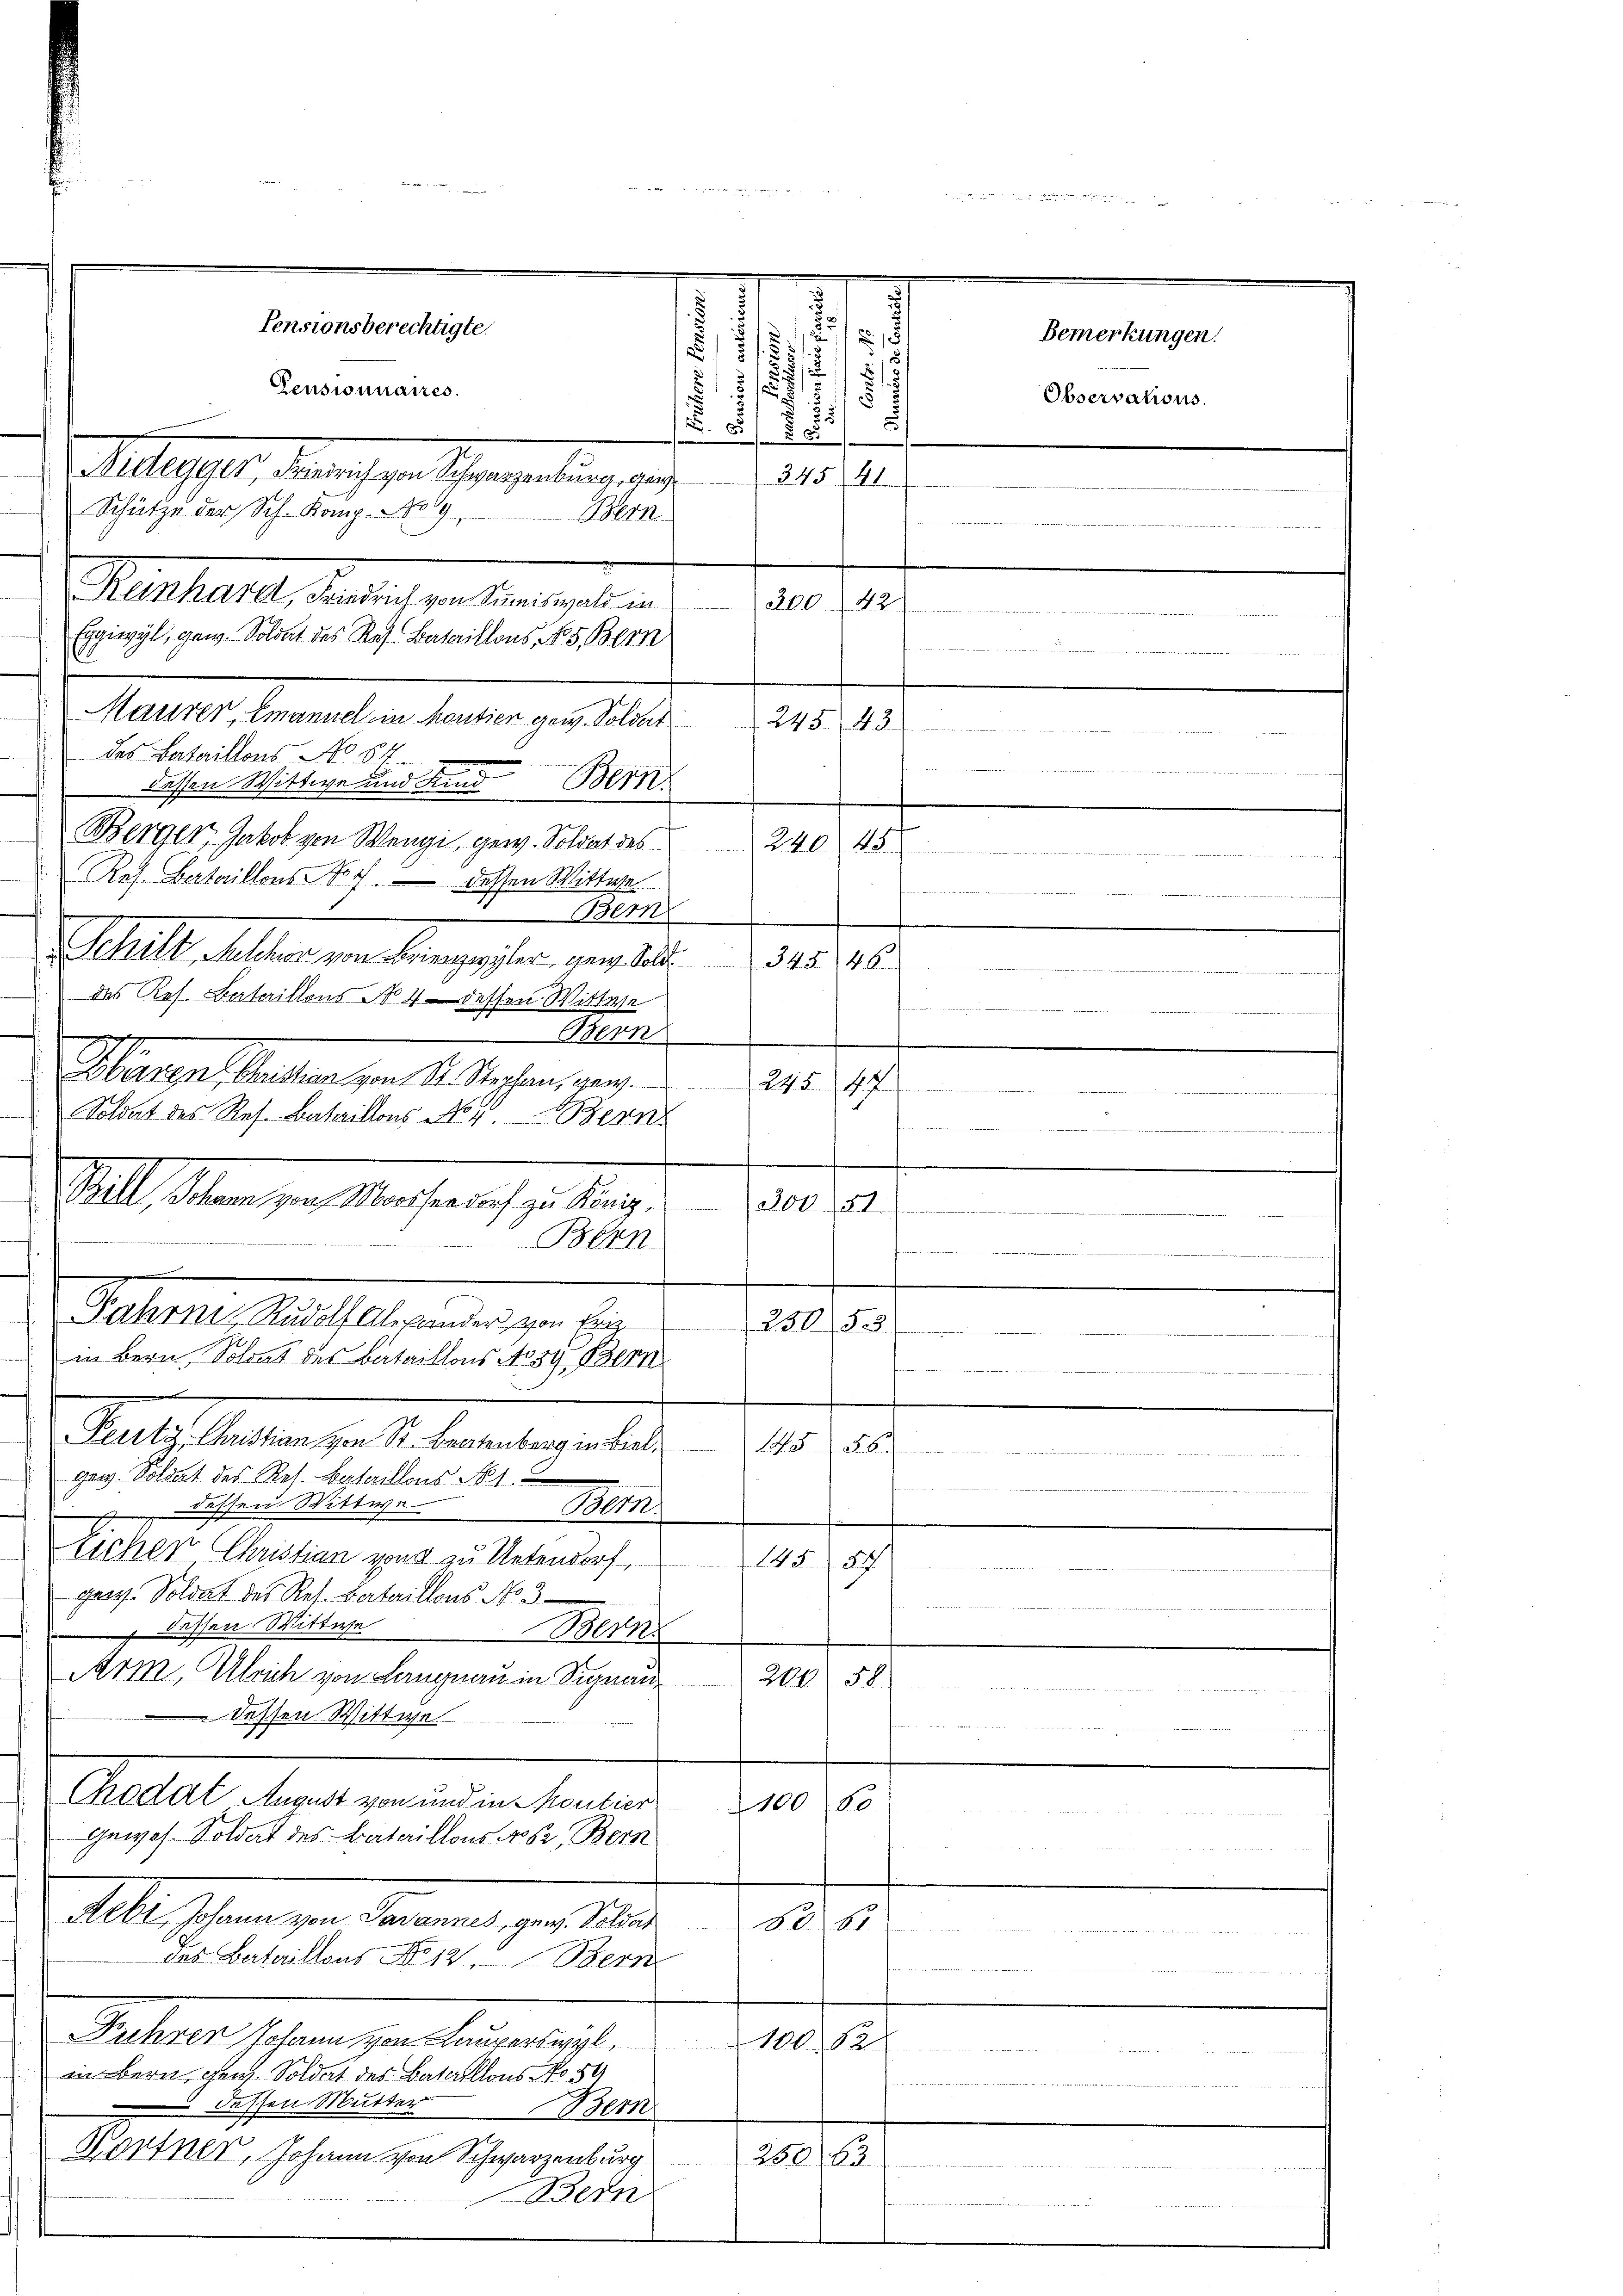
1
u
5
3
34541.
Maurer, Emanuel in Housien erw. Soldat
das Bataillons No 84
Bern
dessen Wittwe und Kind
Berger, Jakob von Wengi, gew. Soldat des 240. 45
¬
Res. Bataillons No 4. dessen Mittwe
Bern
Schilt, Melcher von Bringeler, gen. S. 34546
des Res. Bataillons No. 4 dessen Wittwe
e
Alen
1
Zbaren Christian von St. Stephan, gew
21. 1
Soldat des Res. Bataillons No 4. Bern

1
.
Sal. Man zur Mancherich zu lange
200. 151.
Bern
Fahrni, Rudolf Abhanden, von Eing
250 § 3
in Bern, Soldat des Bataillons No 59. Bern

Peertz, Christian von Sr. Bratenberg in Biel¬
1555
gew. Soldat des Res. Bataillons No 1
e
dessen Wittwe
Mein
d
sichen Christian von zu Untendorf,
488 einen
genz. Soldat des Res. Bataillons No 3
 dessen Wittwe
Bern
Arm, Ulrich von Langnau in Signan
200.
Ih
2
dessen Wittwe
Chodat August von und in Moutier
10080
S 11424
gewes. Soldat des Bataillons No 62, Bern
Rebi, Johann von Savannes, gew. Soldar 80. 61
w werden Mitte hinsich in de
das Bataillons No 12. Bern
Fuhrer Johann von Lauperswyl,
100. 12
in Bern gen. Soldat des Bataillons No 54
Den 2 Hausen
 dessen Mutter
em
Kortner, Johann von Schwarzenburg  2506
 4
Ben
e

Pensionsberechtigte.
Pensionnaires.
Atlasser der ich gestehen geltung, aus
Schütze der Sch. Komp. No 9
Bern
Gerhalt, da ich verlangte

Eggiwyl, ganz. Soldat des Res. Bataillons, No 5. Bern

.
.
u
8.
25
5/
5/5
515
. 5

.
245. 43
Wir
r
we

Bemerkungen.

Observations.

.
e